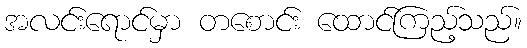
အလင်းရောင်မှာ တစောင်း ထောင်ကြည့်သည်။